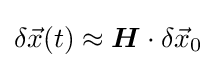
\delta {\vec {x}}(t)\approx {\boldsymbol {H}}\cdot \delta {\vec {x}}_{0}